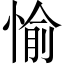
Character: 愉